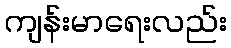
ကျန်းမာရေးလည်း